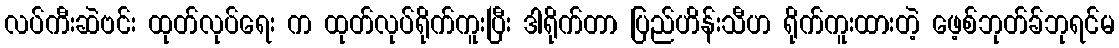
လပ်ကီးဆဲဗင်း ထုတ်လုပ်ရေး က ထုတ်လုပ်ရိုက်ကူးပြီး ဒါရိုက်တာ ပြည်ဟိန်းသီဟ ရိုက်ကူးထားတဲ့ ဖေ့စ်ဘုတ်ခ်ဘုရင်မ